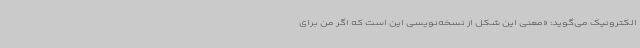
الکترونیک می‌گوید: «معنی این شکل از نسخه‌نویسی این است که اگر من برای